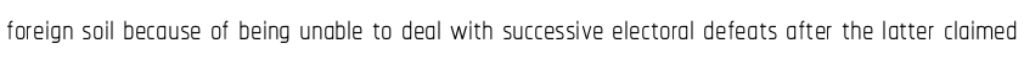
foreign soil because of being unable to deal with successive electoral defeats after the latter claimed